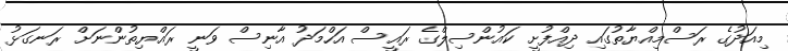
މިއަދުގެ ރަސްމިއްޔާތުގައި ދިއްފުށީ ކައުންސިލްގެ ރައީސް އަހްމަދު އާނިސް ވަނީ ރައްޔިތުންނަށް ރަނގަޅު